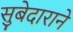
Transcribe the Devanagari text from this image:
सुबेदाराने